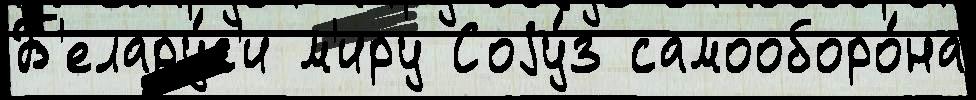
Б'елару́с'и м'иру Соjу́з самооборо́на